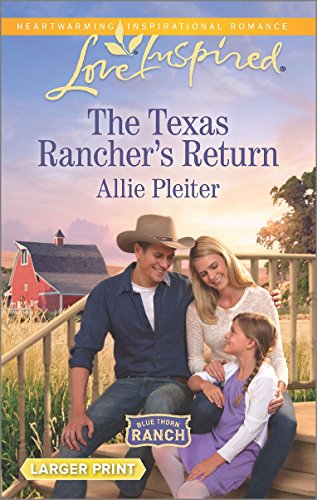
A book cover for The Texas Rancher's Return (Blue Thorn Ranch); Allie Pleiter; Romance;